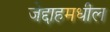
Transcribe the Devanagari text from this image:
जेद्दाहमधील